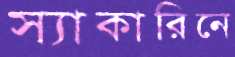
স্যাকারিনে